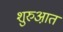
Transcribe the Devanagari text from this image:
शुरुआ़त